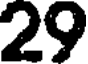
29